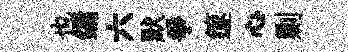
也鏞六默爭篴心剿